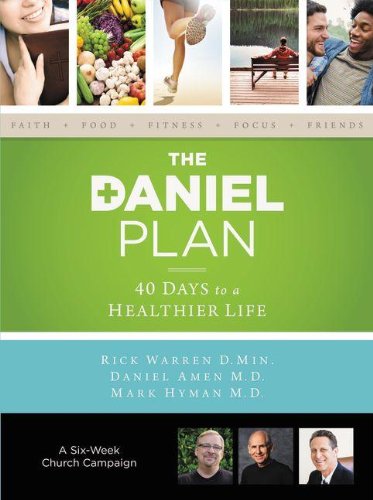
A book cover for The Daniel Plan Church Campaign Kit: 40 Days to a Healthier Life; Rick Warren; Christian Books & Bibles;